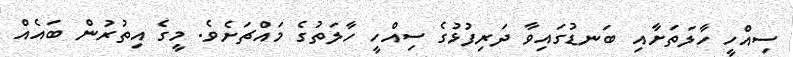
ސިއްހީ ހާލަތަށާއި ބަނޑުގައިވާ ދަރިފުޅުގެ ސިއްހީ ހާލަތުގެ މައްޗަށެވެ. މީގެ އިތުރުން ބައެއް